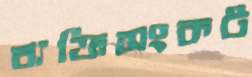
ব্যক্তিসংকট